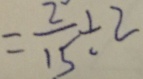
= \frac { 2 } { 1 5 } \div 2